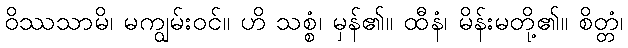
ဝိဿသာမိ၊ မကျွမ်းဝင်။ ဟိ သစ္စံ၊ မှန်၏။ ထီနံ၊ မိန်းမတို့၏။ စိတ္တံ၊